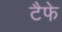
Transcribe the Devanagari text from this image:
टैफे